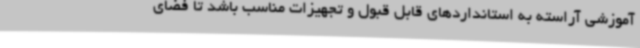
آموزشی آراسته به استانداردهای قابل قبول و تجهیزات مناسب باشد تا فضای